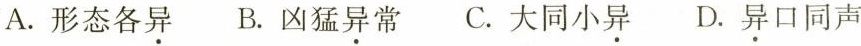
A.形态各异. B.凶猛异常. C.大同小异. D.异.口同声